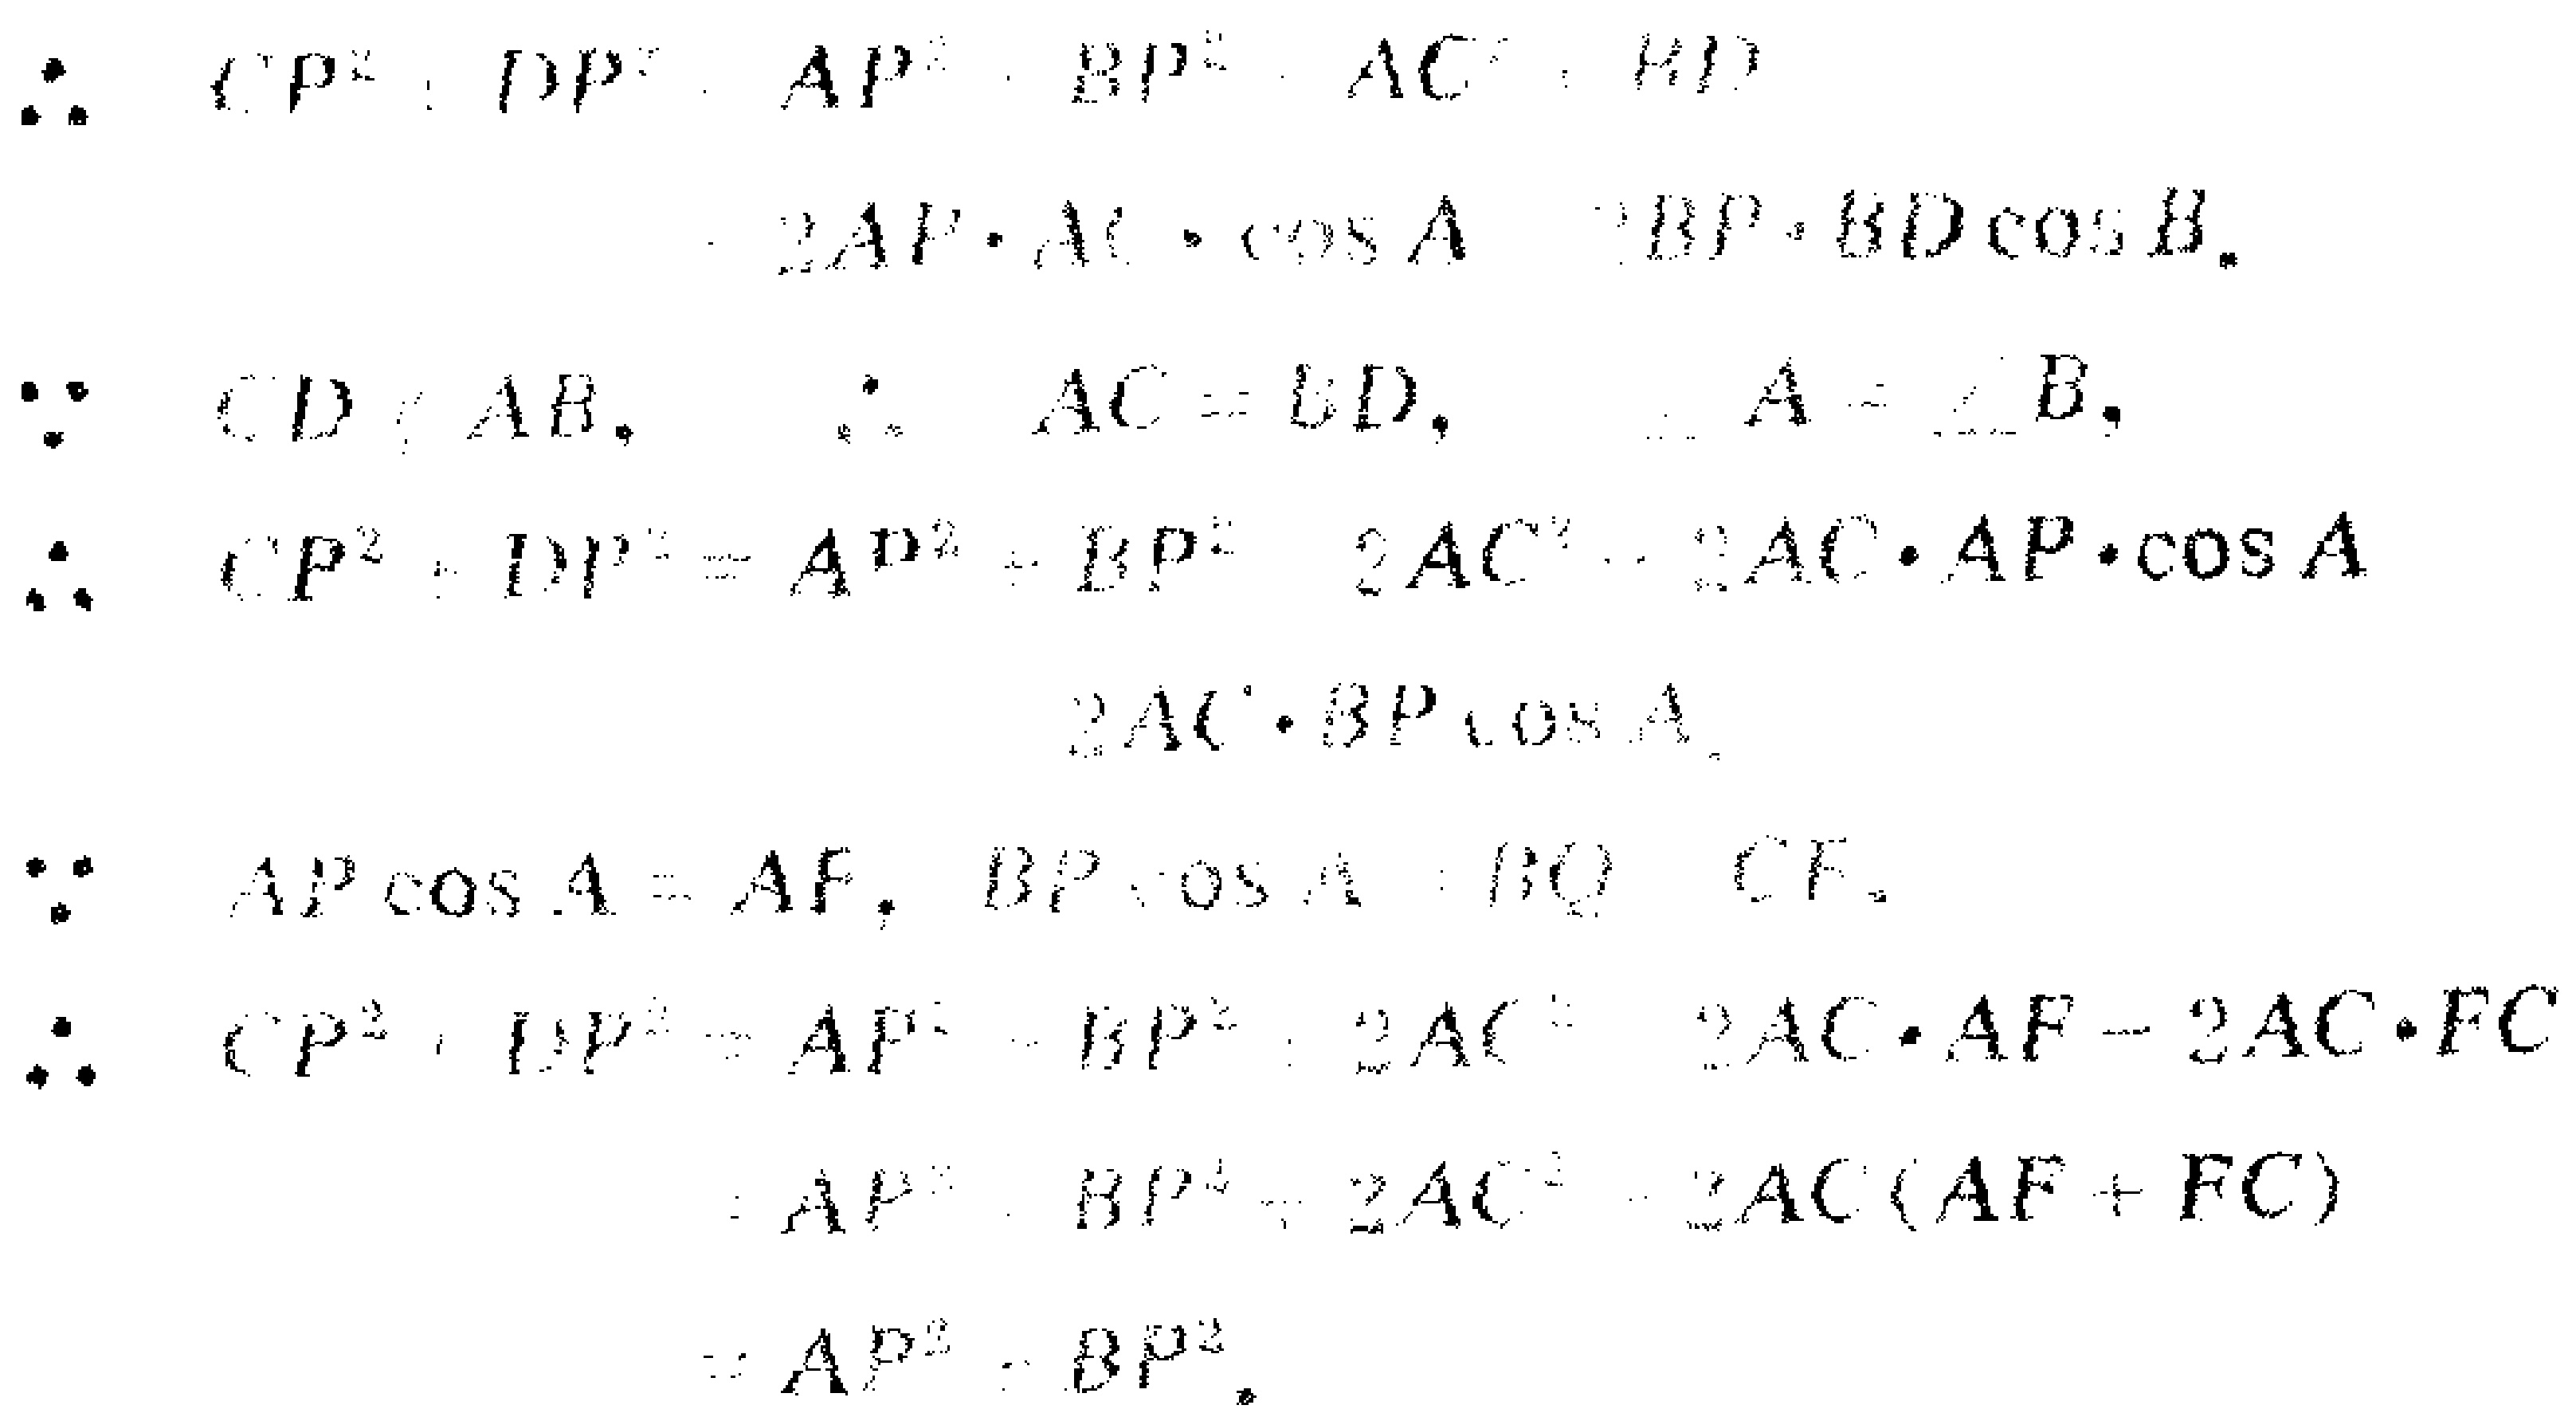
\begin{align*}

&\therefore CP^{2}+DP^{2}-AP^{2}-BP^{2}-AC^{2}-BD^{2}\\

&=2AP\cdot AC\cdot\cos A - 2BP\cdot BD\cos B.\\

&\because CD\parallel AB, \therefore AC = BD, \angle A=\angle B,\\

&\therefore CP^{2}+DP^{2}=AP^{2}+BP^{2}+2AC^{2}-2AC\cdot AP\cdot\cos A\\

&\quad\quad\quad\quad\quad\quad - 2AC\cdot BP\cos A.\\

&\because AP\cos A = AF, BP\cos A = BQ = CF.\\

&\therefore CP^{2}+DP^{2}=AP^{2}+BP^{2}+2AC^{2}-2AC\cdot AF - 2AC\cdot FC\\

&=AP^{2}+BP^{2}+2AC^{2}-2AC(AF + FC)\\

&=AP^{2}+BP^{2}.

\end{align*}